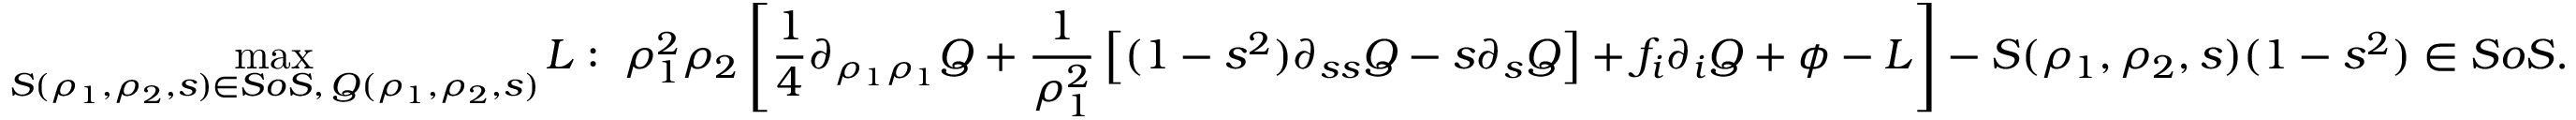
\operatorname* { m a x } _ { S ( \rho _ { 1 } , \rho _ { 2 } , s ) \in S o S , \, Q ( \rho _ { 1 } , \rho _ { 2 } , s ) } L : \; \rho _ { 1 } ^ { 2 } \rho _ { 2 } \left[ \frac { 1 } { 4 } \partial _ { \rho _ { 1 } \rho _ { 1 } } Q + \frac { 1 } { \rho _ { 1 } ^ { 2 } } \left[ ( 1 - s ^ { 2 } ) \partial _ { s s } Q - s \partial _ { s } Q \right] + f _ { i } \partial _ { i } Q + \phi - L \right] - S ( \rho _ { 1 } , \rho _ { 2 } , s ) ( 1 - s ^ { 2 } ) \in S o S .